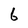
Character: 6